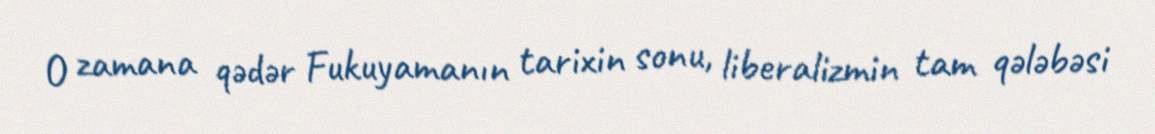
O zamana qədər Fukuyamanın tarixin sonu, liberalizmin tam qələbəsi